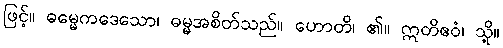
ဖြင့်။ ဓမ္မေကဒေသော၊ ဓမ္မအစိတ်သည်။ ဟောတိ၊ ၏။ ဣတိဧဝံ၊ သို့။